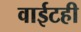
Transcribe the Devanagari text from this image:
वाईटही